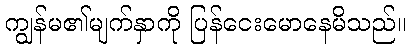
ကျွန်မ၏မျက်နှာကို ပြန်ငေးမောနေမိသည်။